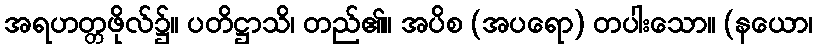
အရဟတ္တဖိုလ်၌။ ပတိဋ္ဌာသိ၊ တည်၏။ အပိစ (အပရော) တပါးသော။ (နယော၊